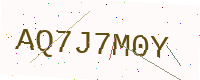
Text: AQ7J7M0Y